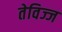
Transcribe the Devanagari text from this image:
तेविज्ज